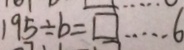
1 9 5 \div b = \square \cdots 6